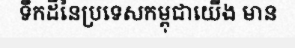
ទឹកដីនៃប្រទេសកម្ពុជាយើង មាន